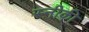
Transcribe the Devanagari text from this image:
स्नीकी